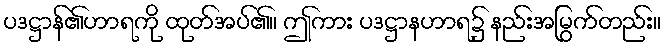
ပဒဋ္ဌာန်၏ဟာရကို ထုတ်အပ်၏။ ဤကား ပဒဋ္ဌာနဟာရ၌ နည်းအမြွက်တည်း။